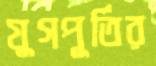
যুগপূর্তির